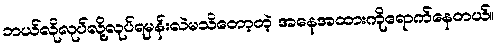
ဘယ်လိုလုပ်လို့လုပ်ရမှန်းလဲမသိတော့တဲ့ အနေအထားကိုရောက်နေတယ်။